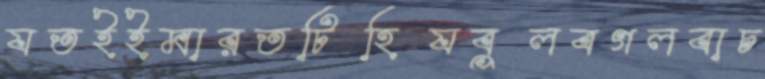
যতইইমারতটিহিযবুলবগলবাচ